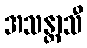
အသန္တာသီ